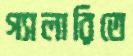
গ্যালারিতে